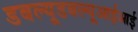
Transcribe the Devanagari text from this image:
डबल्यूडबल्यूआईआई